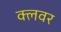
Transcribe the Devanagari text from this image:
क्लवर